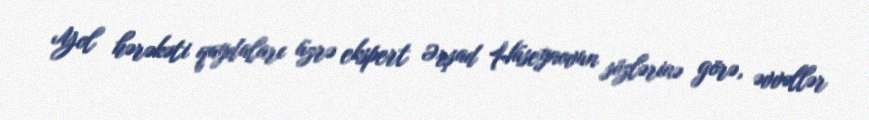
Yol hərəkəti qaydaları üzrə ekspert Ərşad Hüseynovun sözlərinə görə, əvvəllər